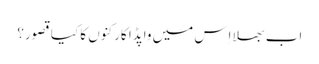
اب بھلا اِس میں واپڈا کارکنوں کا کیا قصور؟